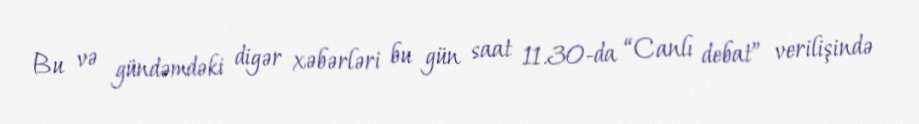
Bu və gündəmdəki digər xəbərləri bu gün saat 11.30-da “Canlı debat” verilişində